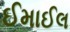
ઈમાઈલ